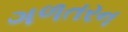
ગળતરન